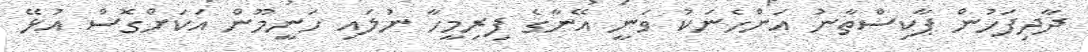
ދާދިފަހުން ޕާކިސްތާނު އަންހެނަކު ވަނީ އޭނާގެ ފިރިމީހާ ނުލައި ހަނީމޫން އަކަށްގޮސް އުޅޭ